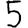
Digit: 5